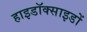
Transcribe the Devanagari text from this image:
हाइडॉक्साइडों